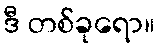
ဒီ တစ်ခုရော။